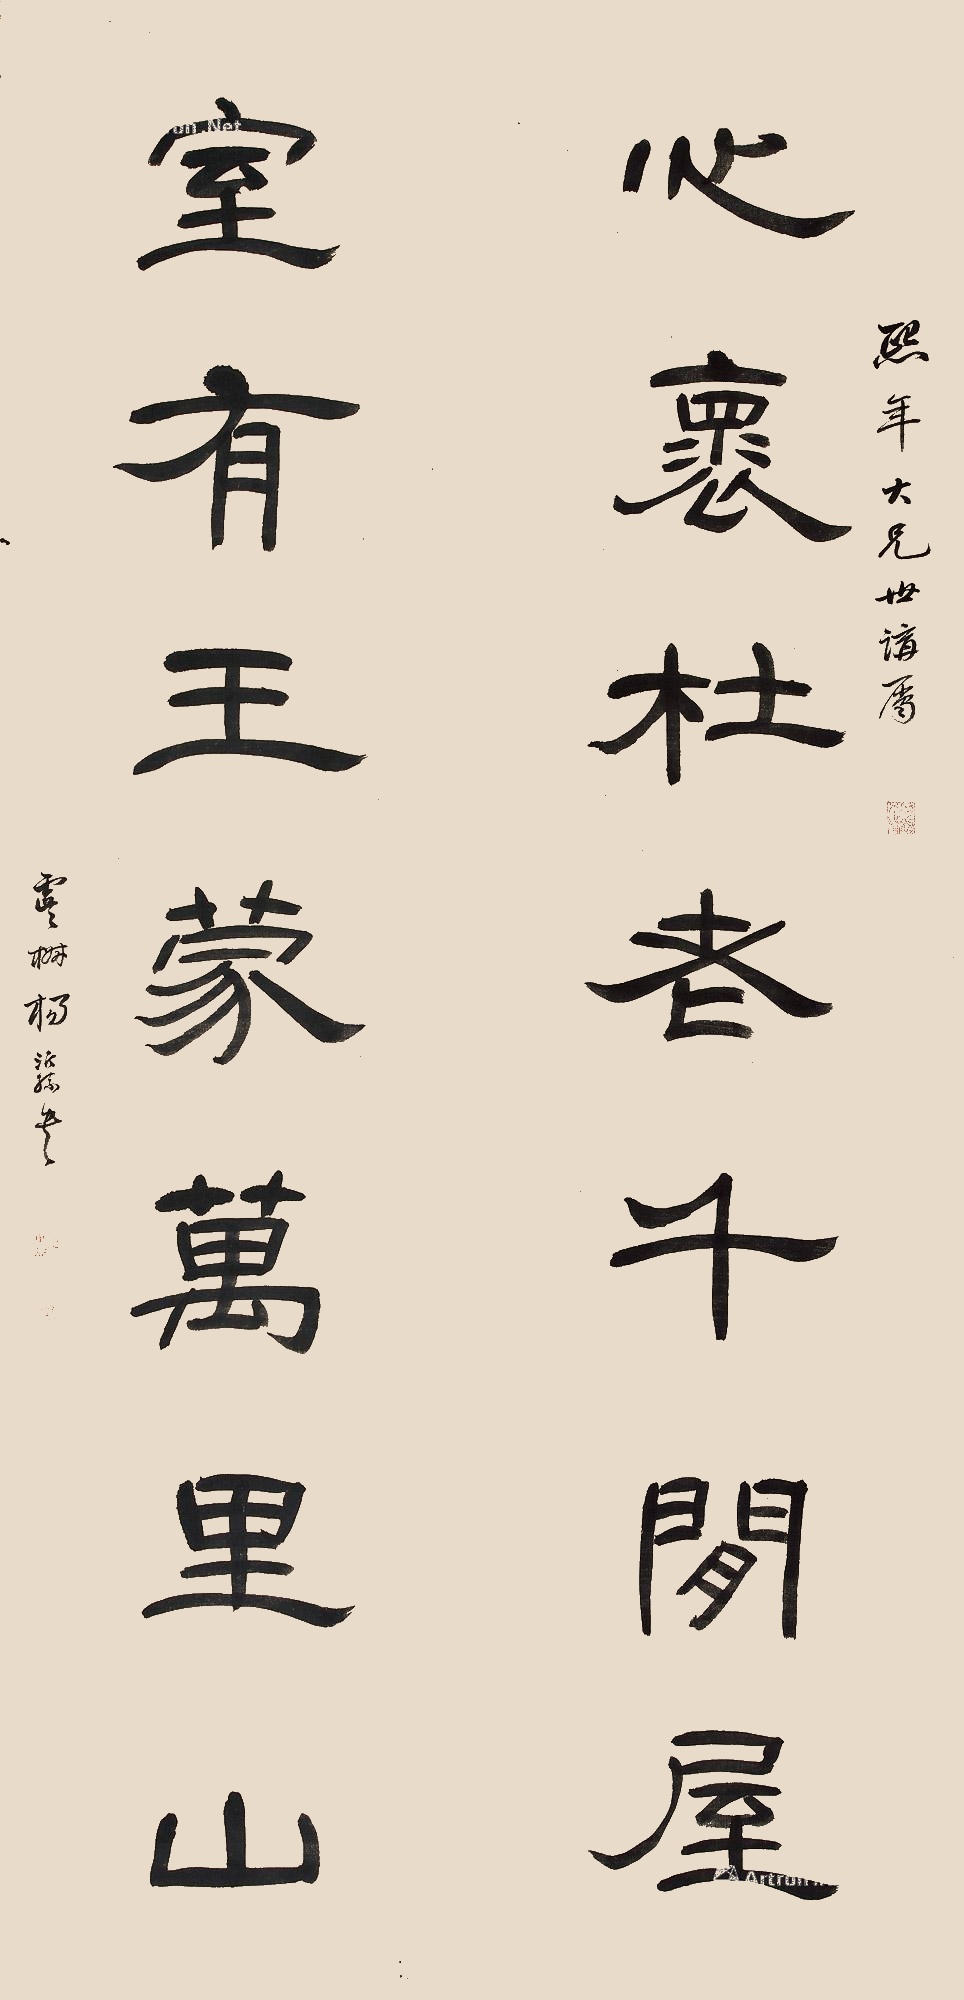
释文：心怀杜老千间屋，室有王蒙万里山。熙年大兄世讲属，虞椒杨沂孙书。